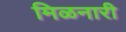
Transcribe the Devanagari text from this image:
मिळनारी